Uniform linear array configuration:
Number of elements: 4
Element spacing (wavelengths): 0.5
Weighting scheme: uniform
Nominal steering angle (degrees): -45
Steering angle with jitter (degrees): -46.394
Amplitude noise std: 0.05
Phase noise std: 0.05

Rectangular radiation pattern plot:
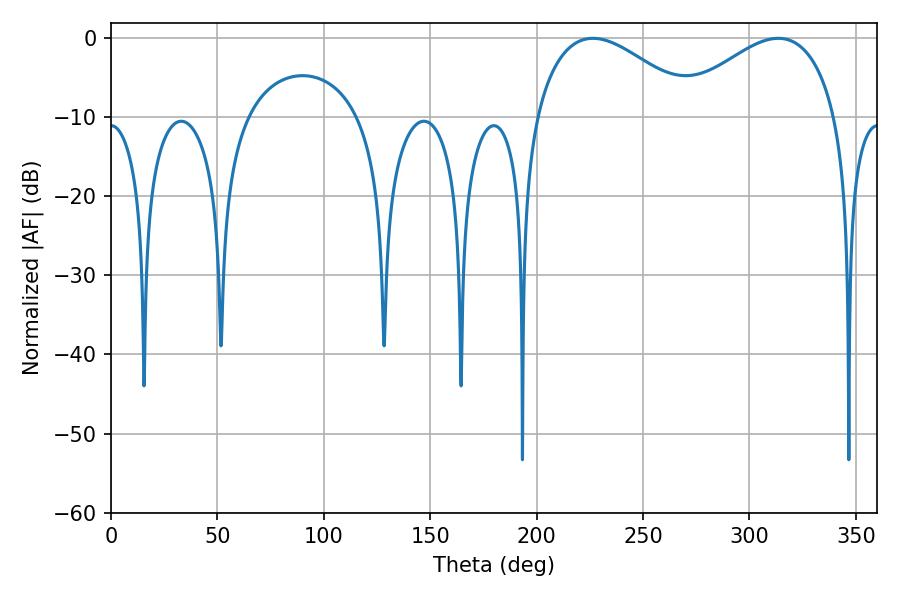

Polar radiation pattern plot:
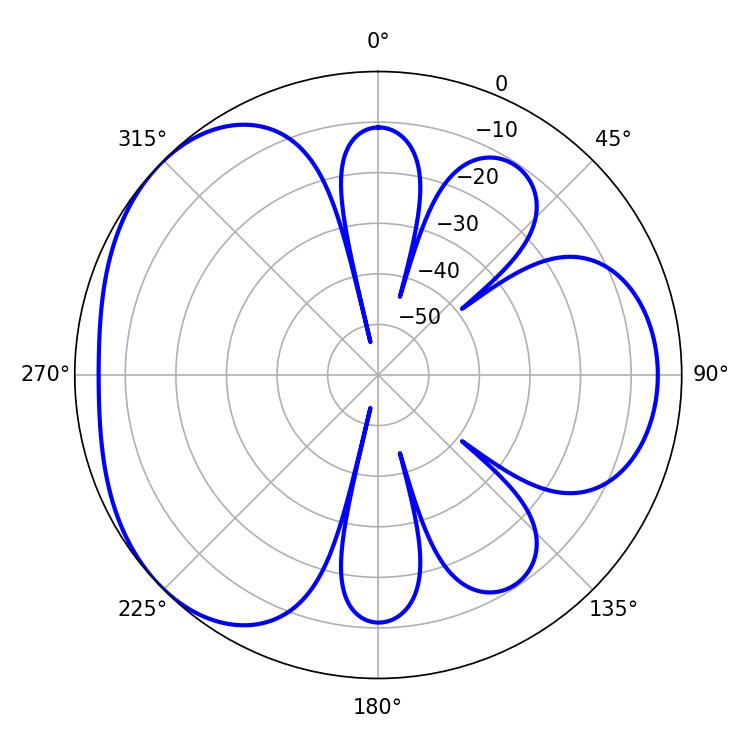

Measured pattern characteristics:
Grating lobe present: FALSE
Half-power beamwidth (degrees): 41.58
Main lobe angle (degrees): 226.44